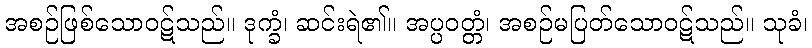
အစဉ်ဖြစ်သောဝဋ်သည်။ ဒုက္ခံ၊ ဆင်းရဲ၏။ အပ္ပဝတ္တံ၊ အစဉ်မပြတ်သောဝဋ်သည်။ သုခံ၊